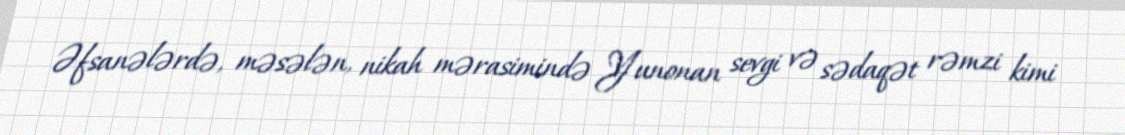
Əfsanələrdə, məsələn, nikah mərasimində Yunonan sevgi və sədaqət rəmzi kimi